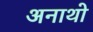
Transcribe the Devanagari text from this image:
अनाथो